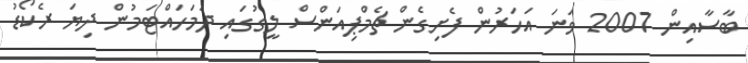
ބާސާއިން 2007 ވަނަ އަހަރުން ފެށިގެން ޗެމްޕިއަންސް ލީގުގައި ދަމަހައްޓަމުން ދިޔަ ރެކޯޑު